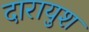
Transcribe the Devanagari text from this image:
दारायुश